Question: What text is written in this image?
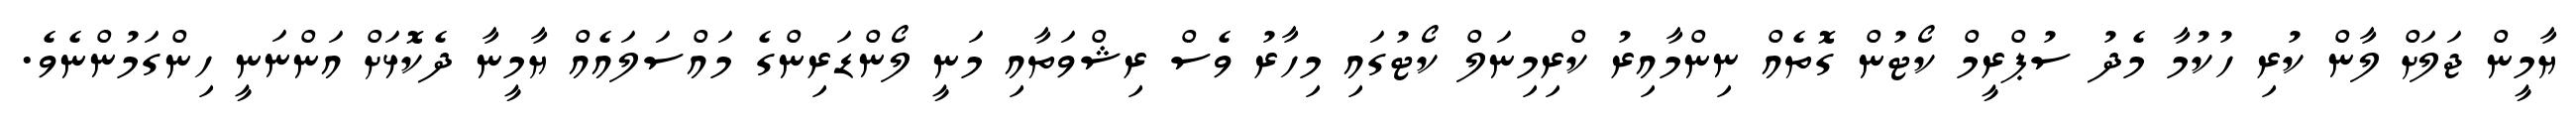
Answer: ޔާމީން ޖަލަށް ލާން ކުރި ހުކުމާ މެދު ސުޕްރީމް ކޯޓުން ގޮތެއް ނިންމާއިރު ކްރިމިނަލް ކޯޓުގައި މިހާރު ވެސް ރިޝްވަތާއި މަނީ ލޯންޑަރިންގެ މައްސަލައެއް ޔާމީނާ ދެކޮޅަށް އަންނަނީ ހިންގަމުންނެވެ.